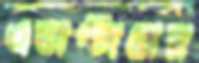
এডাপ্টারের